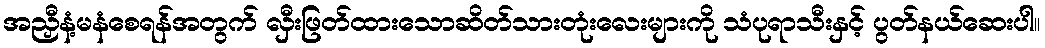
အညှီနံ့မနံစေရန်အတွက် လှီးဖြတ်ထားသောဆိတ်သားတုံးလေးများကို သံပုရာသီးနှင့် ပွတ်နယ်ဆေးပါ။